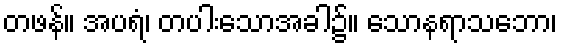
တဖန်။ အပရံ၊ တပါးသောအခါ၌။ သောနရာသဘော၊